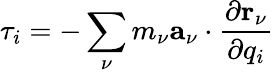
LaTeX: \tau_{i}=-\sum_{\nu}m_{\nu}\mathbf{a}_{\nu}\cdot\frac{\partial\mathbf{r}_{\nu}}{\partial q_{i}}